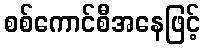
စစ်ကောင်စီအနေဖြင့်